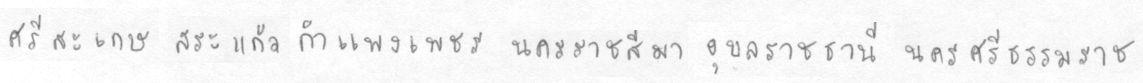
ศรีสะเกษสระแก้วกำแพงเพชรนครราชสีมาอุลราชธานีนครศรีธรรมราช